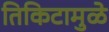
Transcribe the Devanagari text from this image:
तिकिटामुळे